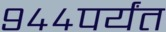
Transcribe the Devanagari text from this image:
९४४पर्यंत